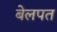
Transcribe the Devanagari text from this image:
बेलपत